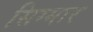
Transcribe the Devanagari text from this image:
सिग्मार